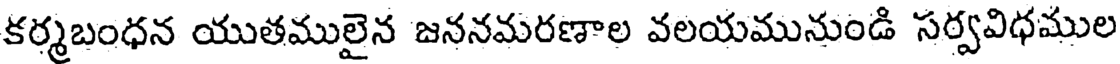
కర్మబంధన యుతములైన జననమరణాల వలయమునుండి సర్వవిధముల